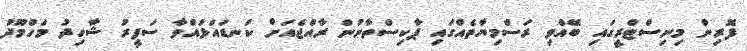
ފޮރިން މިނިސްޓްރީގައި ބޭއްވި ރަސްމިޔާތެއްގައި ޕާކިސްތާނުން ރާއްޖެއަށް ކަނޑައަޅުއްވާ ސަފީރު ޝާހިދު މަހްމޫދު